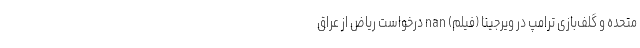
متحده و گلف‌بازی ترامپ در ویرجینا (فیلم) nan درخواست ریاض از عراق